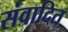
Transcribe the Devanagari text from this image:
संवादित